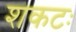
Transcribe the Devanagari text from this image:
शकटः